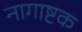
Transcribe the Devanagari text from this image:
नागाष्टक